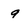
Character: 9